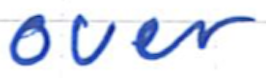
Text: over
Cross-out: clean
Writing tool: ballpoint